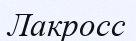
Лакросс